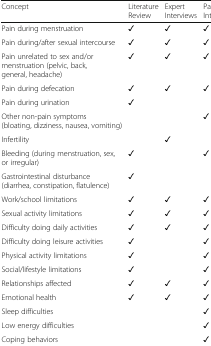
| Concept | LiteratureReview | Expert Interviews | PatientInterviews |
 | --- | --- | --- | --- |
 | Pain during menstruation | ✓ | ✓ | ✓ |
 | Pain during/after sexual intercourse | ✓ | ✓ | ✓ |
 | Pain unrelated to sex and/or menstruation (pelvic, back, general, headache) | ✓ | ✓ | ✓ |
 | Pain during defecation | ✓ | ✓ | ✓ |
 | Pain during urination | ✓ |  |  |
 | Other non-pain symptoms(bloating, dizziness, nausea, vomiting) |  |  | ✓ |
 | Infertility |  | ✓ |  |
 | Bleeding (during menstruation, sex, or irregular) | ✓ |  | ✓ |
 | Gastrointestinal disturbance (diarrhea, constipation, flatulence) | ✓ |  |  |
 | Work/school limitations | ✓ | ✓ | ✓ |
 | Sexual activity limitations | ✓ | ✓ | ✓ |
 | Difficulty doing daily activities | ✓ | ✓ | ✓ |
 | Difficulty doing leisure activities | ✓ |  | ✓ |
 | Physical activity limitations | ✓ |  | ✓ |
 | Social/lifestyle limitations | ✓ |  | ✓ |
 | Relationships affected | ✓ | ✓ | ✓ |
 | Emotional health | ✓ | ✓ | ✓ |
 | Sleep difficulties |  |  | ✓ |
 | Low energy difficulties |  |  | ✓ |
 | Coping behaviors |  |  | ✓ |